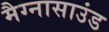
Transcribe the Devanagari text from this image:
मैग्नासाउंड